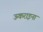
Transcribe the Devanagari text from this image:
ऊकराइना